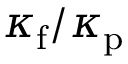
\kappa _ { \mathrm { f } } / \kappa _ { \mathrm { p } }